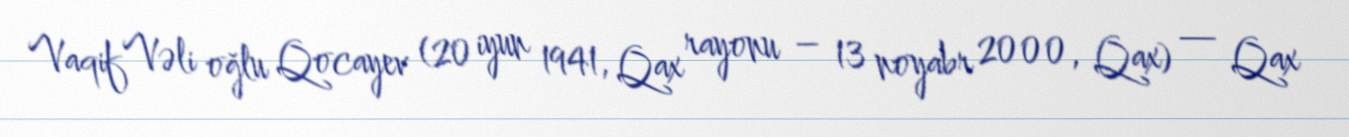
Vaqif Vəli oğlu Qocayev (20 iyun 1941, Qax rayonu – 13 noyabr 2000, Qax) — Qax